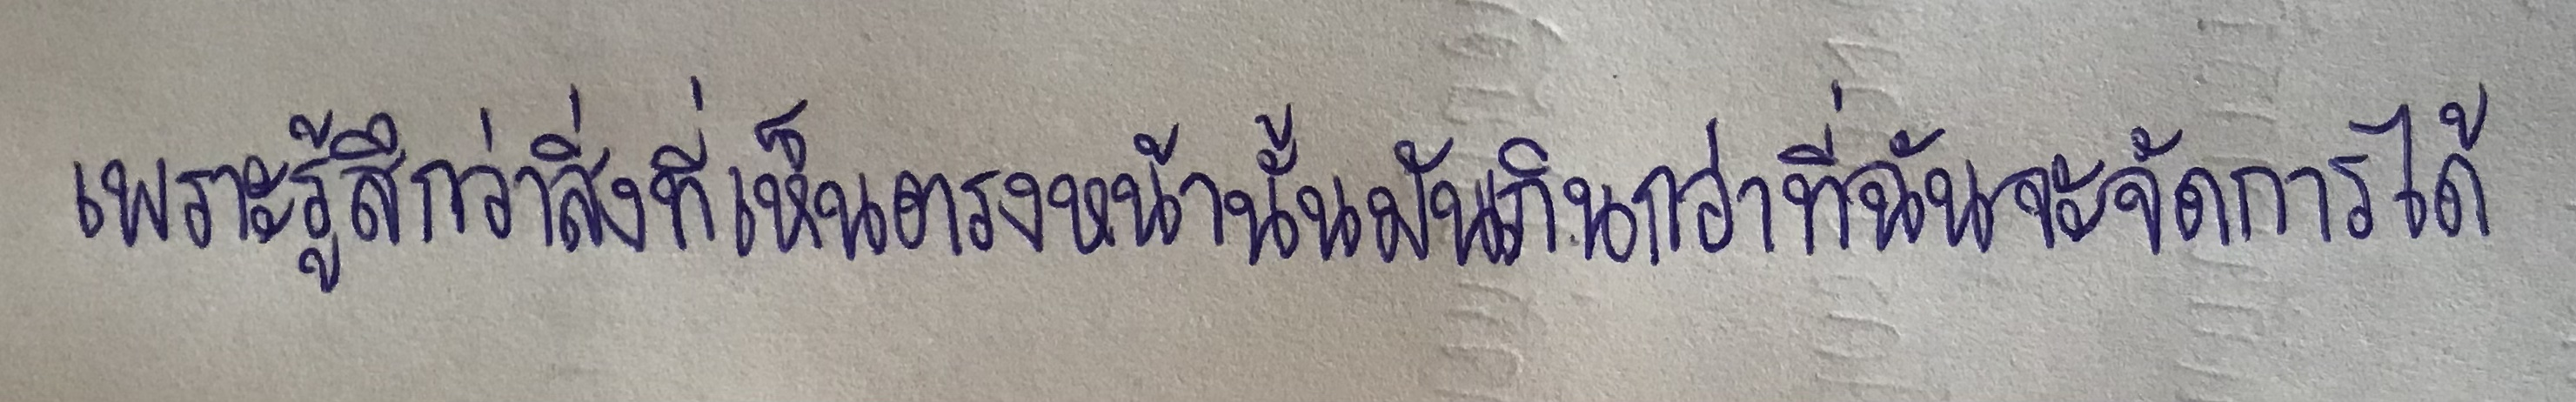
เพราะรู้สึกว่าสิ่งที่เห็นตรงหน้านั้นมันเกินกว่าที่ฉันจะจัดการได้